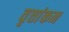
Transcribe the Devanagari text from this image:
वृत्तांकन